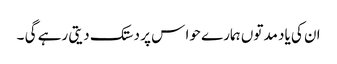
ان کی یاد مدتوں ہمارے حوا س پر دستک دیتی رہے گی ۔